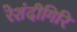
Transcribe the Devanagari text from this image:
रेशंदीगिरि